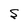
Character: S